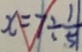
x = 7 \div \frac { 1 } { 5 }